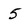
Character: 5